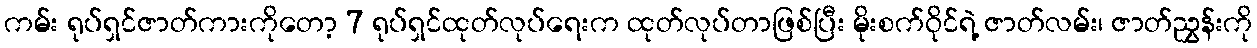
ကမ်း ရုပ်ရှင်ဇာတ်ကားကိုတော့ 7 ရုပ်ရှင်ထုတ်လုပ်ရေးက ထုတ်လုပ်တာဖြစ်ပြီး မိုးစက်ဝိုင်ရဲ့ ဇာတ်လမ်း၊ ဇာတ်ညွှန်းကို